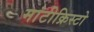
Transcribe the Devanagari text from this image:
मांटीक्रिस्टो